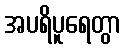
အပရိပူရေတွာ